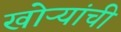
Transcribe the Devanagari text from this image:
खोऱ्यांची